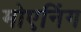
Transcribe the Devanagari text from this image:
मोएनिंग